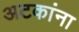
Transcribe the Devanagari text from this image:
अटकांना